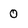
Character: 0